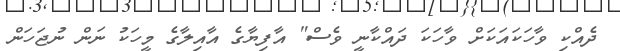
ދެއްކި ވާހަކައަކަށް ވާހަކަ ދައްކާނީ ވެސް" އާފިޔާގެ އާއިލާގެ މީހަކު ނަން ނުޖަހަން